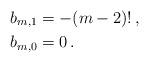
LaTeX: \begin{align*}b_{m,1} &= -(m-2)!\,,\\b_{m,0} &= 0\,.\end{align*}